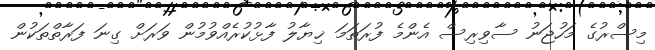
މިސްރުގެ މަހުޖަނު ސާވިރިސް އެންމެ ފުރަތަމަ ޚިޔާލު ފާޅުކުރެއްވުމުން ވަރަށް ގިނަ ފަރާތްތަކުން